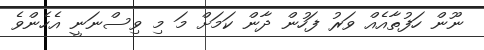
ނޫން ހަފުތާއެއް ވަރު ފަހުން ދާން ކަމަށް މަ މި ވިސްނަނީ އެހެންވެ